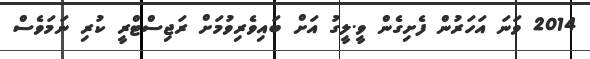
2014 ވަނަ އަހަރުން ފެށިގެން ވީ.ލީގު އަށް ބައިވެރިވުމަށް ރަޖިސްޓްރީ ކުރި ނަމަވެސް